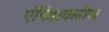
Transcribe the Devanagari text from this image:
एंपिडाक्लीज